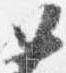
如